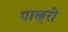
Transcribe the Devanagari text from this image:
पाल्र्री